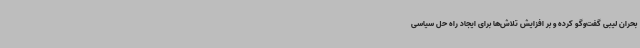
بحران لیبی گفت‌وگو کرده و بر افزایش تلاش‌ها برای ایجاد راه حل سیاسی